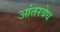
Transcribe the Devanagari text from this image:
आंतरवेध